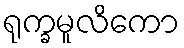
ရုက္ခမူလိကော